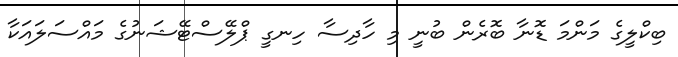
ބިކްލީގެ މަންމަ ޑޮނާ ބޮރެން ބުނީ މި ހާދިސާ ހިނގީ ޕްލޭސްޓޭޝަނުގެ މައްސަލައަކާ